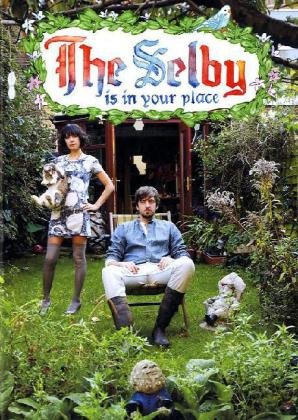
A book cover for The Selby is in Your Place; Todd Selby; Humor & Entertainment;